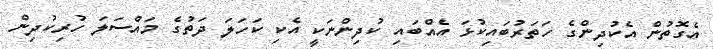
އެގޮތުން އެކުދިންގެ ހަތަރުބައިކުޅަ އެއްބައި ކުދިންނަކީ އެކި ކަހަލަ ދަތުގެ މައްސަލަަ ހުރިކުދިން